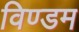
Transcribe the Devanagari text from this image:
विण्डम